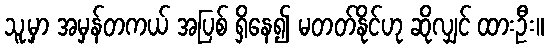
သူ့မှာ အမှန်တကယ် အပြစ် ရှိနေ၍ မတတ်နိုင်ဟု ဆိုလျှင် ထားဦး။